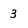
Character: 3